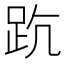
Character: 𧿦